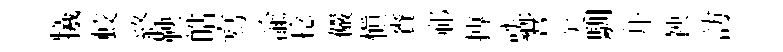
犧蛟終鞅皓寫諭稔儼愼賚祁搏詠響关馴幷䘧訪